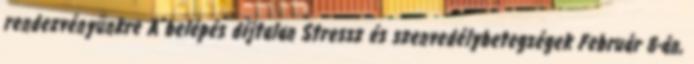
rendezvényünkre A belépés díjtalan Stressz és szenvedélybetegségek Február 8-án,